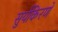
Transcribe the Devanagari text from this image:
सुर्यकिरणे